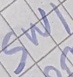
Text: SW1